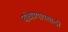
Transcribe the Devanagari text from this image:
बांधण्यायसाठी